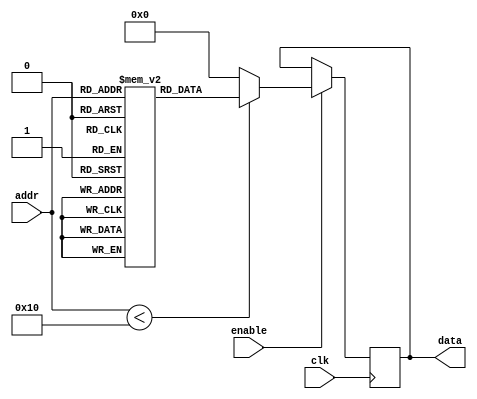
module parameterized_ROM #(
    parameter ADDR_WIDTH = 4,  // Address width
    parameter DATA_WIDTH = 8,   // Data width
    parameter MEM_SIZE = 1 << ADDR_WIDTH  // Total memory size
)(
    input  wire [ADDR_WIDTH-1:0] addr,  // Address input
    input  wire clk,                     // Clock input
    input  wire enable,                  // Enable input
    output reg  [DATA_WIDTH-1:0] data    // Data output
);

    // Internal memory array declaration
    reg [DATA_WIDTH-1:0] mem [0:MEM_SIZE-1];

    // Initialize the ROM with predefined values
    initial begin
        // Example initialization (can be replaced with actual values)
        mem[0] = 8'hAA; // Example value for address 0
        mem[1] = 8'hBB; // Example value for address 1
        mem[2] = 8'hCC; // Example value for address 2
        mem[3] = 8'hDD; // Example value for address 3
        // Add more initializations as needed
        // Ensure to initialize up to MEM_SIZE - 1
    end

    // Behavioral modeling for synchronous read operation
    always @(posedge clk) begin
        if (enable) begin
            if (addr < MEM_SIZE) begin
                data <= mem[addr];  // Read data from the ROM
            end else begin
                data <= {DATA_WIDTH{1'b0}}; // Default value for out of range address
            end
        end
    end

endmodule